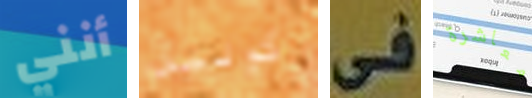
أنني كولين فى معاشرة